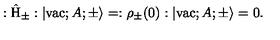
: \hat { \mathrm { H } } _ { \pm } : | \mathrm { v a c } ; A ; \pm \rangle = : { \rho } _ { \pm } ( 0 ) : | \mathrm { v a c } ; A ; \pm \rangle = 0 .